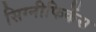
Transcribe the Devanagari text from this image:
सिग्नीफिकेंस